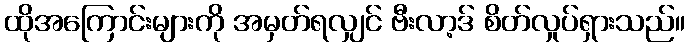
ထိုအကြောင်းများကို အမှတ်ရလျှင် ဗီးလာ့ဒ် စိတ်လှုပ်ရှားသည်။